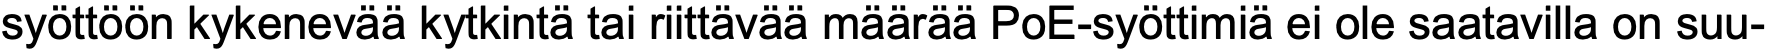
syöttöön kykenevää kytkintä tai riittävää määrää PoE-syöttimiä ei ole saatavilla on suu-